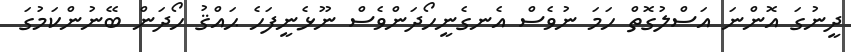
ދީނުގަ އޮންނަ އަސްލުގޮތް ހަމަ ނުވެސް އެނގެނީހޯދަންވެސް ނޫޅެނީފަހެ ޙައްޤު ހޯދަން ބޭނުންކަމުގަ